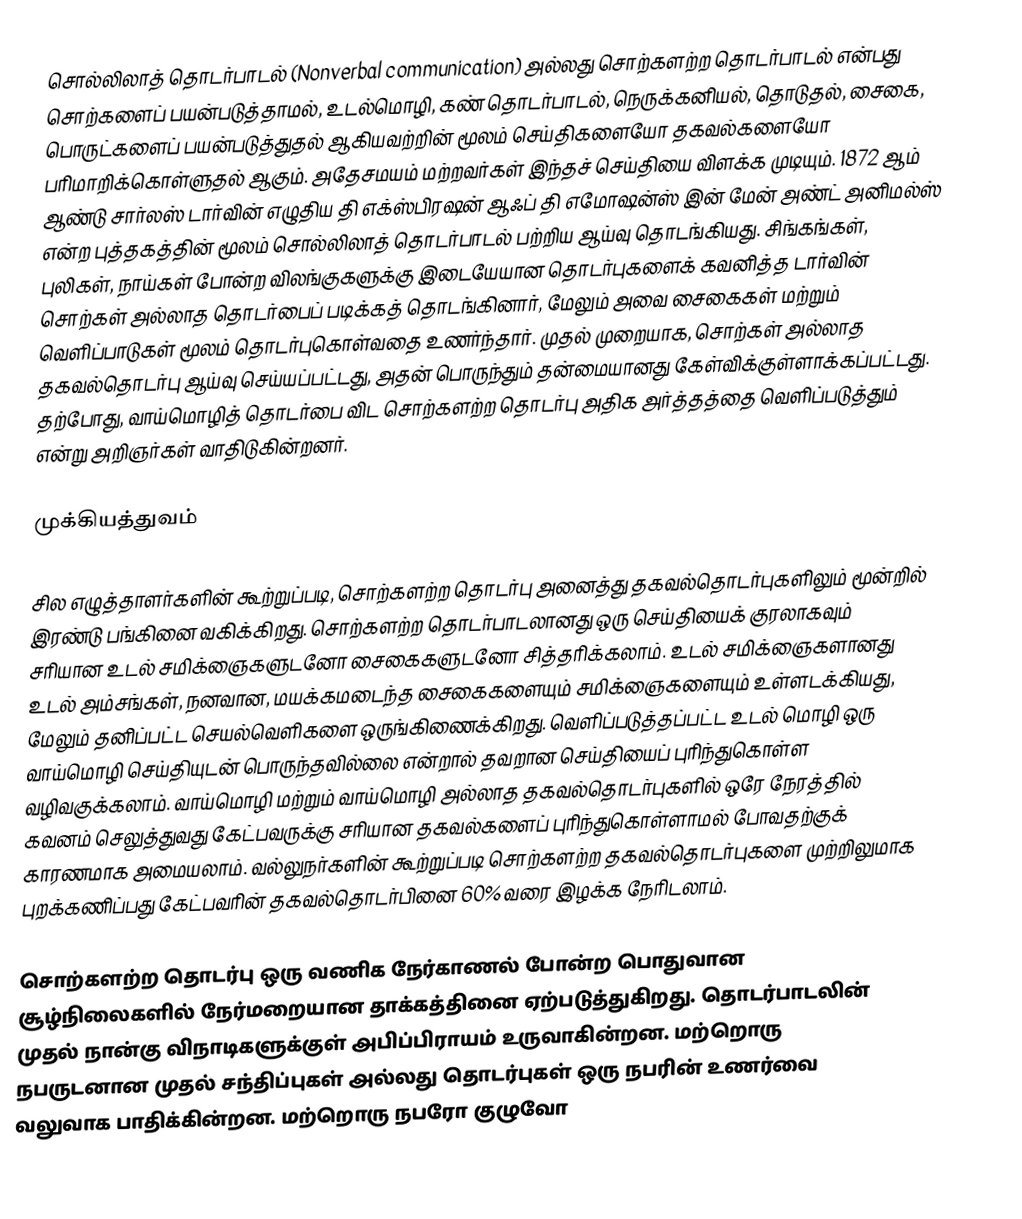
சொல்லிலாத் தொடர்பாடல் (Nonverbal communication) அல்லது சொற்களற்ற தொடர்பாடல் என்பது  சொற்களைப் பயன்படுத்தாமல், உடல்மொழி, கண் தொடர்பாடல், நெருக்கனியல், தொடுதல், சைகை, பொருட்களைப் பயன்படுத்துதல் ஆகியவற்றின் மூலம் செய்திகளையோ தகவல்களையோ பரிமாறிக்கொள்ளுதல் ஆகும். அதேசமயம் மற்றவர்கள் இந்தச் செய்தியை விளக்க முடியும்.  1872 ஆம் ஆண்டு சார்லஸ் டார்வின் எழுதிய தி எக்ஸ்பிரஷன் ஆஃப் தி எமோஷன்ஸ் இன் மேன் அண்ட் அனிமல்ஸ் என்ற புத்தகத்தின் மூலம் சொல்லிலாத் தொடர்பாடல் பற்றிய ஆய்வு தொடங்கியது. சிங்கங்கள், புலிகள், நாய்கள் போன்ற விலங்குகளுக்கு இடையேயான தொடர்புகளைக் கவனித்த டார்வின் சொற்கள் அல்லாத தொடர்பைப் படிக்கத் தொடங்கினார், மேலும் அவை சைகைகள் மற்றும் வெளிப்பாடுகள் மூலம் தொடர்புகொள்வதை உணர்ந்தார்.  முதல் முறையாக, சொற்கள் அல்லாத தகவல்தொடர்பு ஆய்வு செய்யப்பட்டது, அதன் பொருந்தும் தன்மையானது கேள்விக்குள்ளாக்கப்பட்டது. தற்போது, வாய்மொழித் தொடர்பை விட சொற்களற்ற தொடர்பு அதிக அர்த்தத்தை வெளிப்படுத்தும் என்று அறிஞர்கள் வாதிடுகின்றனர்.

முக்கியத்துவம்

சில எழுத்தாளர்களின் கூற்றுப்படி, சொற்களற்ற தொடர்பு அனைத்து தகவல்தொடர்புகளிலும் மூன்றில் இரண்டு பங்கினை வகிக்கிறது. சொற்களற்ற தொடர்பாடலானது ஒரு செய்தியைக் குரலாகவும் சரியான உடல் சமிக்ஞைகளுடனோ சைகைகளுடனோ சித்தரிக்கலாம். உடல் சமிக்ஞைகளானது உடல் அம்சங்கள், நனவான, மயக்கமடைந்த சைகைகளையும் சமிக்ஞைகளையும் உள்ளடக்கியது, மேலும் தனிப்பட்ட செயல்வெளிகளை ஒருங்கிணைக்கிறது. வெளிப்படுத்தப்பட்ட உடல் மொழி ஒரு வாய்மொழி செய்தியுடன் பொருந்தவில்லை என்றால் தவறான செய்தியைப் புரிந்துகொள்ள வழிவகுக்கலாம். வாய்மொழி மற்றும் வாய்மொழி அல்லாத தகவல்தொடர்புகளில் ஒரே நேரத்தில் கவனம் செலுத்துவது கேட்பவருக்கு சரியான தகவல்களைப் புரிந்துகொள்ளாமல் போவதற்குக் காரணமாக அமையலாம். வல்லுநர்களின் கூற்றுப்படி சொற்களற்ற தகவல்தொடர்புகளை முற்றிலுமாக புறக்கணிப்பது கேட்பவரின் தகவல்தொடர்பினை 60% வரை இழக்க நேரிடலாம்.

சொற்களற்ற தொடர்பு ஒரு வணிக நேர்காணல் போன்ற பொதுவான சூழ்நிலைகளில் நேர்மறையான தாக்கத்தினை ஏற்படுத்துகிறது. தொடர்பாடலின் முதல் நான்கு விநாடிகளுக்குள் அபிப்பிராயம் உருவாகின்றன. மற்றொரு நபருடனான முதல் சந்திப்புகள் அல்லது தொடர்புகள் ஒரு நபரின் உணர்வை வலுவாக பாதிக்கின்றன. மற்றொரு நபரோ குழுவோ